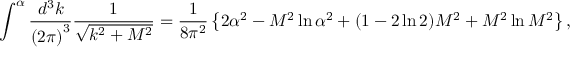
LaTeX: \int ^ { \alpha } \frac { d ^ { 3 } k } { { ( 2 \pi ) } ^ { 3 } } \frac { 1 } { \sqrt { k ^ { 2 } + M ^ { 2 } } } = \frac { 1 } { 8 \pi ^ { 2 } } \left\{ 2 \alpha ^ { 2 } - M ^ { 2 } \ln \alpha ^ { 2 } + ( 1 - 2 \ln 2 ) M ^ { 2 } + M ^ { 2 } \ln M ^ { 2 } \right\} ,